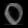
Digit: ၀